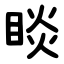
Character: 睒